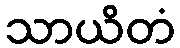
သာယိတံ